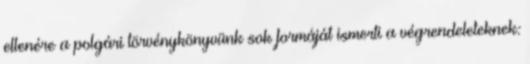
ellenére a polgári törvénykönyvünk sok formáját ismerti a végrendeleteknek: